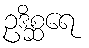
ဥဒိစ္ဆရေ